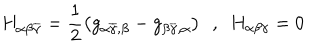
LaTeX: H _ { \alpha \beta \overline { { { \gamma } } } } = \frac { 1 } { 2 } \left( g _ { \alpha \overline { { { \gamma } } } , \beta } - g _ { \beta \overline { { { \gamma } } } , \alpha } \right) \ \ , \ \ H _ { \alpha \beta \gamma } = 0